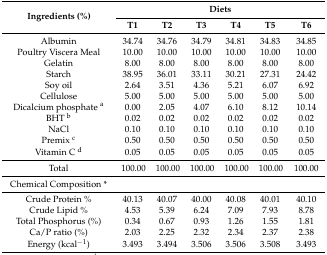
<table><thead><tr><td rowspan="2"><b>Ingredients (%)</b></td><td colspan="6"><b>Diets</b></td></tr><tr><td><b>T1</b></td><td><b>T2</b></td><td><b>T3</b></td><td><b>T4</b></td><td><b>T5</b></td><td><b>T6</b></td></tr></thead><tbody><tr><td>Albumin</td><td>34.74</td><td>34.76</td><td>34.79</td><td>34.81</td><td>34.83</td><td>34.85</td></tr><tr><td>Poultry Viscera Meal</td><td>10.00</td><td>10.00</td><td>10.00</td><td>10.00</td><td>10.00</td><td>10.00</td></tr><tr><td>Gelatin</td><td>8.00</td><td>8.00</td><td>8.00</td><td>8.00</td><td>8.00</td><td>8.00</td></tr><tr><td>Starch</td><td>38.95</td><td>36.01</td><td>33.11</td><td>30.21</td><td>27.31</td><td>24.42</td></tr><tr><td>Soy oil</td><td>2.64</td><td>3.51</td><td>4.36</td><td>5.21</td><td>6.07</td><td>6.92</td></tr><tr><td>Cellulose</td><td>5.00</td><td>5.00</td><td>5.00</td><td>5.00</td><td>5.00</td><td>5.00</td></tr><tr><td>Dicalcium phosphate <sup>a</sup></td><td>0.00</td><td>2.05</td><td>4.07</td><td>6.10</td><td>8.12</td><td>10.14</td></tr><tr><td>BHT <sup>b</sup></td><td>0.02</td><td>0.02</td><td>0.02</td><td>0.02</td><td>0.02</td><td>0.02</td></tr><tr><td>NaCl</td><td>0.10</td><td>0.10</td><td>0.10</td><td>0.10</td><td>0.10</td><td>0.10</td></tr><tr><td>Premix <sup>c</sup></td><td>0.50</td><td>0.50</td><td>0.50</td><td>0.50</td><td>0.50</td><td>0.50</td></tr><tr><td>Vitamin C <sup>d</sup></td><td>0.05</td><td>0.05</td><td>0.05</td><td>0.05</td><td>0.05</td><td>0.05</td></tr><tr><td>Total</td><td>100.00</td><td>100.00</td><td>100.00</td><td>100.00</td><td>100.00</td><td>100.00</td></tr><tr><td>Chemical Composition *</td><td></td><td></td><td></td><td></td><td></td><td></td></tr><tr><td>Crude Protein %</td><td>40.13</td><td>40.07</td><td>40.00</td><td>40.08</td><td>40.01</td><td>40.10</td></tr><tr><td>Crude Lipid %</td><td>4.53</td><td>5.39</td><td>6.24</td><td>7.09</td><td>7.93</td><td>8.78</td></tr><tr><td>Total Phosphorus (%)</td><td>0.34</td><td>0.67</td><td>0.93</td><td>1.26</td><td>1.55</td><td>1.81</td></tr><tr><td>Ca/P ratio (%)</td><td>2.03</td><td>2.25</td><td>2.32</td><td>2.34</td><td>2.37</td><td>2.38</td></tr><tr><td>Energy (kcal<sup>−1</sup>)</td><td>3.493</td><td>3.494</td><td>3.506</td><td>3.506</td><td>3.508</td><td>3.493</td></tr></tbody></table>